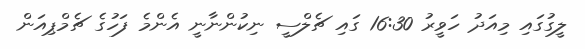
ލީގުގައި މިއަދު ހަވީރު 16:30 ގައި ޗެލްސީ ނިކުންނާނީ އެންމެ ފަހުގެ ޗެމްޕިއަން